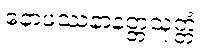
နောဖဿနာနတ္တသုတ္တံ